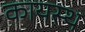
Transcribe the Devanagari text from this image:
कायस्‍थ